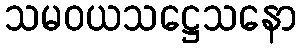
သမဝယသဋ္ဌေသနော